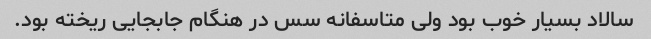
سالاد بسیار خوب بود ولی متاسفانه سس در هنگام جابجایی ریخته بود.